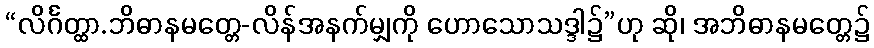
“လိင်္ဂတ္ထာ.ဘိဓာနမတ္တေ-လိန်အနက်မျှကို ဟောသောသဒ္ဒါ၌”ဟု ဆို၊ အဘိဓာနမတ္တေ၌